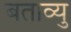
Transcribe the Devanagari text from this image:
बताव्यु